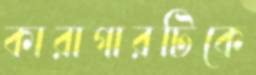
কারাগারটিকে